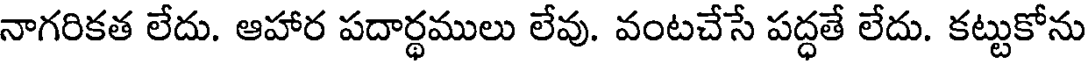
నాగరికత లేదు. ఆహార పదార్థములు లేవు. వంటచేసే పద్ధతే లేదు. కట్టుకోను